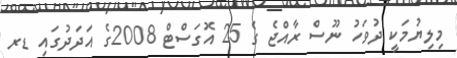
މިލިޔުމަކީ ދުވަހު ނޫސް ރާއްޖެ ގެ 25 އޮގަސްޓް 2008ގެ އަދަދުގައި ޑރ